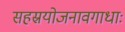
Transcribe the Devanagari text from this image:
सहस्रयोजनावगाधाः